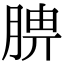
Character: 腗